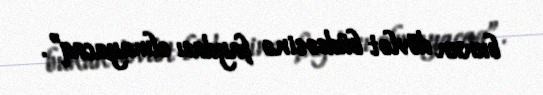
bunun dövlət büdcəsinə faydası olmayacaq”.